Civil Veterinary Department Bengal reports 1923-33 - 1923-1933
Year: 1923
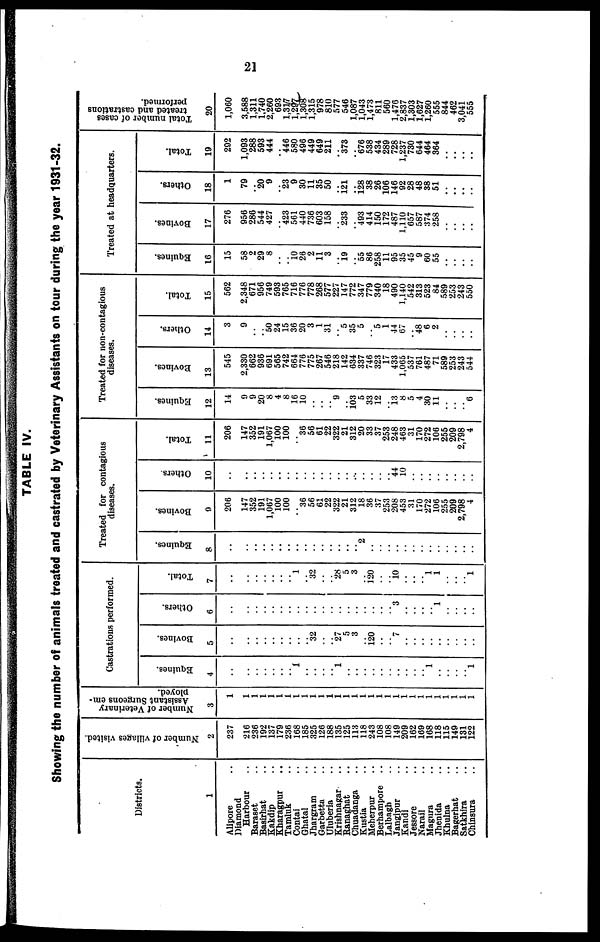
21
TABLE IV.
Showing the number of animals treated and castrated by Veterinary Assistants on tour during the year 1931-32.
Districts.
1
Alipore ..
Diamond
Harbour ..
Baraset ..
Basirhat ..
Kakdip ..
Kharagpur ..
Tamluk ..
Contai ..
Ghatal ..
Jhargram ..
Garbetta ..
Uluberia ..
Krishnagar ..
Ranaghat ..
Chuadanga ..
Kustia ..
Meherpur ..
Berhampore ..
Lalbagh ..
Jangipur ..
Kandi ..
Jessore ..
Narail ..
Magura ..
Jhenida ..
Khulna ..
Bagerhat ..
Satkhira ..
Chinsura ..
Number of villages visited.
2
237
216
236
192
137
179
236
168
185
325
126
188
135
125
113
118
243
108
108
149
209
162
169
168
118
115
149
131
122
Number of Veterinary
Assistant Surgeons em-
ployed.
3
1
1
1
1
1
1
1
1
1
1
1
1
1
1
1
1
1
1
1
1
1
1
1
1
1
1
1
1
1
Castrations performed.
Equines.
4
..
1
1
1
1
1
1 1
1
1
1
1 1
1
1
1
1
1
1
1
1
1
1 1
1
1
1
1 1
Bovines.
5
..
..
..
..
..
..
..
..
.. 32
..
.. 27
5
3
.. 120
..
.. 7
..
..
..
..
..
..
..
..
..
Others.
6
..
..
..
..
..
..
..
..
..
..
..
..
..
..
..
..
..
..
.. 3
..
..
..
.. 1
..
..
..
..
Total.
7
..
..
..
..
..
..
.. 1
.. 32
..
.. 28
5
3
.. 120
..
.. 10
..
..
.. 1
1
..
..
.. 1
Treated for contagious
diseases.
Equines.
8
..
..
..
..
..
..
..
..
..
..
..
..
..
..
.. 2
..
..
..
..
..
..
..
..
..
..
..
..
..
Bovines.
9
206
147
352
191
1,067
100
100
.. 36
56
61
22
322
21
312
18
36
37
253
208
453
31
170
272
106
255
209
2,798
4
Others.
10
..
..
..
..
..
..
..
..
..
..
..
..
..
..
..
..
..
..
.. 44
10
..
..
..
..
..
..
..
..
Total.
11
206
147
352
191
1,067
100
100
.. 36
56
61
22
322
21
312
20
33
37
253
248
463
31
170
272
106
255
209
2,798
4
Treated for non-contagious
diseases.
Equines.
12
14
9
9
20
8
4
8
16
10
..
..
.. 9
..
103
5
33
12
..
13
8
5
4
30
11
..
..
.. 6
Bovines.
13
545
2,330
662
936
691
565
742
664
776
775
267
546
218
142
634
337
746
323
17
433
1,065
537
761
487
71
589
253
243
544
Others.
14
3
9
..
.. 50
24
15
36
20
3
1
31
.. 5
35
5
.. 5
1
44
67
.. 48
6
2
..
..
..
..
Total.
15
562
2,348
671
956
749
593
765
716
776
778
268
577
227
147
772
347
779
340
18
490
1,140
542
313
523
84
589
253
243
550
Treated at headquarters.
Equines.
16
15
58
2
29
8
..
.. 10 26
2
11
3
.. 19
.. 55
86
258
11
95
35
45
9
60
55
..
..
..
..
Bovines.
17
276
956
286
544
427
.. 423
561
440
736
603
158
.. 233
.. 493
414
150
172
487
1,110
657
587
374
258
..
..
..
..
Others.
18
1
79
.. 20
9
.. 23
9
30
11
35
50
.. 121
.. 128
38
26
106
146
92
28
48
38
51
..
.. ..
..
Total.
19
292
1,093
288
593
444
.. 446
580
496
449
649
211
.. 373
.. 676
538
434
289
728
1,237
730
644
464
364
..
..
.. ..
Total number of cases
treated and castrations
performed.
20
1,060
3,588
1,311
1,740
2,260
693
1,317
1,297
1,308
1,315
978
810
577
546
1,087
1,043
1,473
811
560
1,476
2,837
1,303
1,627
1,260
555
844
462
3,041
555